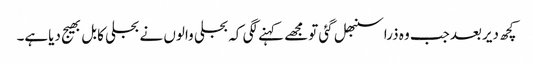
کچھ دیربعدجب وہ ذراسنبھل گئی تومجھے کہنے لگی کہ بجلی والوں نے بجلی کابل بھیج دیاہے۔